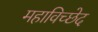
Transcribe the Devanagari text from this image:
महाविच्छेद